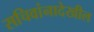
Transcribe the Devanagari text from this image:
सचिवांनादेखील